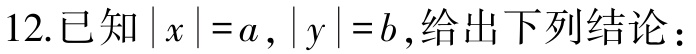
12.已知\(\vert x\vert =a,\vert y\vert =b\),给出下列结论：